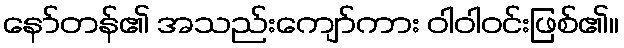
နော်တန်၏ အသည်းကျော်ကား ဝါဝါဝင်းဖြစ်၏။